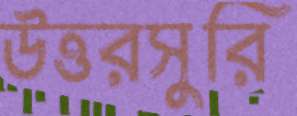
উত্তরসুরি